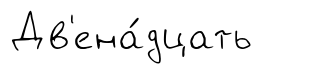
Дв'ена́дцать